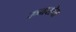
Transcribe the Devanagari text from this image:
रुमसेवा